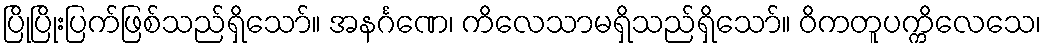
ပြိုပြိုးပြက်ဖြစ်သည်ရှိသော်။ အနင်္ဂဏေ၊ ကိလေသာမရှိသည်ရှိသော်။ ဝိကတူပက္ကိလေသေ၊